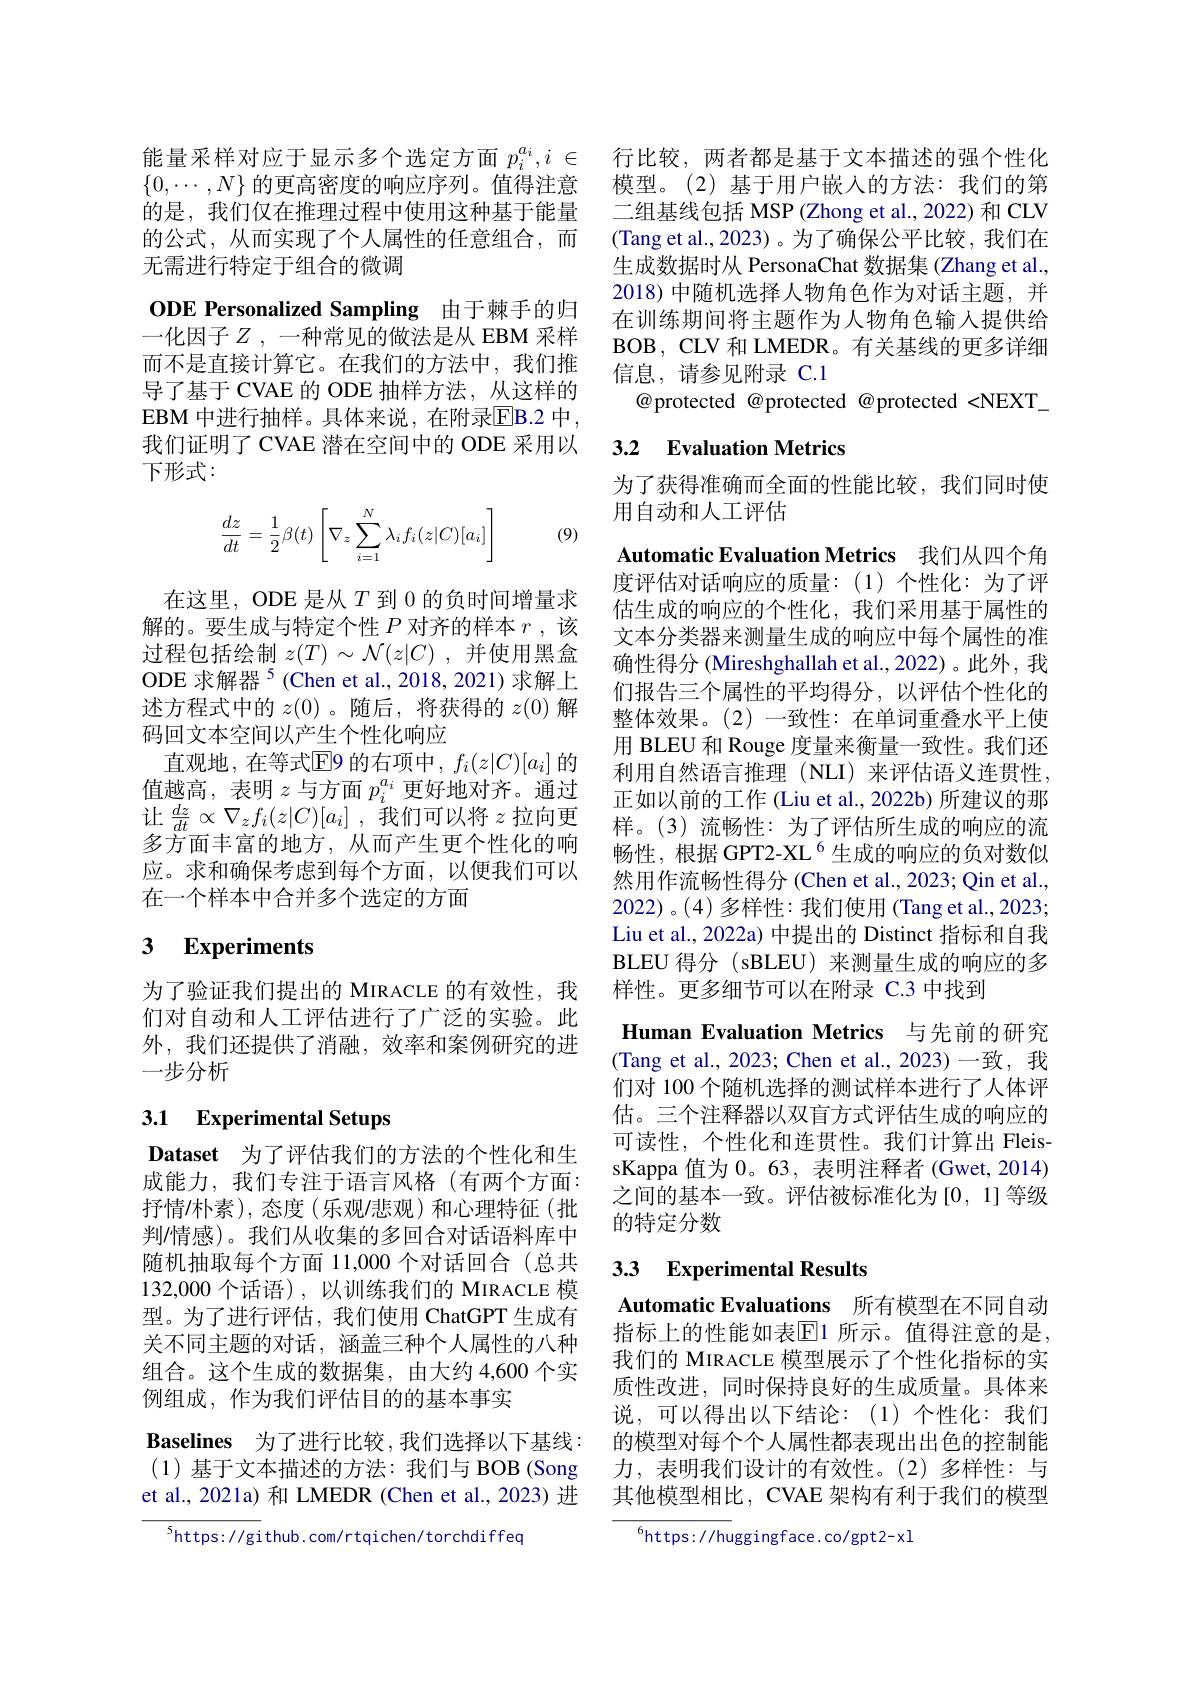
能量采样对应于显示多个选定方面 $p_i^{a_i}, i\in$ 行比较，两者都是基于文本描述的强个性化$\{0,\cdots,N\}$的更高密度的响应序列。值得注意 模型。(2)基于用户嵌入的方法：我们的第的是，我们仅在推理过程中使用这种基于能量的公式，从而实现了个人属性的任意组合，而无需进行特定于组合的微调

ODE Personalized Sampling 由于棘手的归一化因子$Z$ ,一种常见的做法是从 EBM 采样而不是直接计算它。在我们的方法中，我们推导了基于 CVAE 的 ODE 抽样方法，从这样的EBM 中进行抽样。具体来说，在附录$\overline{\mathrm{EB.2~}}$中， 我们证明了 CVAE 潜在空间中的 ODE 采用以下形式：
$$\dfrac{dz}{dt}=\dfrac{1}{2}\beta(t)\left[\nabla_z\sum_{i=1}^N\lambda_if_i(z|C)[a_i]\right]$$
(9)

在这里，ODE 是从$T$到 0 的负时间增量求解的。要生成与特定个性$P$对齐的样本$r$ ,该过程包括绘制$z(T)\sim\mathcal{N}(z|C)$ ,并使用黑盒ODE 求解器$^{5}$(Chen et al.,2018,2021)求解上述方程式中的$z(0)$ 。随后，将获得的$z(0)$解码回文本空间以产生个性化响应
直观地，在等式$\overline{\mathrm{E}}$9 的右项中，$f_i(z|C)[a_i]$ 的值越高，表明$z$与方面$p_i^{a_i}$更好地对齐。通过让$\frac {dz}{dt}\propto \nabla _{z}f_{i}( z| C) [ a_{i}]$ ,我们可以将$z$拉向更多方面丰富的地方，从而产生更个性化的响应。求和确保考虑到每个方面，以便我们可以在一个样本中合并多个选定的方面

# 3 Experiments

为了验证我们提出的 MIRACLE 的有效性，我们对自动和人工评估进行了广泛的实验。此外，我们还提供了消融，效率和案例研究的进一步分析

# 3.1 Experimental Setups

Dataset 为了评估我们的方法的个性化和生成能力，我们专注于语言风格(有两个方面： 抒情休素),态度(乐观/悲观)和心理特征(批判情感)。我们从收集的多回合对话语料库中随机抽取每个方面 11,000 个对话回合(总共132,000 个话语), 以训练我们的 MIRACLE 模型。为了进行评估，我们使用 ChatGPT 生成有关不同主题的对话，涵盖三种个人属性的八种组合。这个生成的数据集，由大约 4,600 个实例组成，作为我们评估目的的基本事实

$\textbf{Baselines}$ 为了进行比较，我们选择以下基线： (1)基于文本描述的方法：我们与 BOB (Song et al., 2021a) 和 LMEDR (Chen et al., 2023) 进

$^{5}$https://github.com/rtqichen/torchdiffeq

二组基线包括 MSP (Zhong et al., 2022) 和 CLV (Tang et al., 2023)。为了确保公平比较，我们在生成数据时从 PersonaChat 数据集 (Zhang et al., 2018) 中随机选择人物角色作为对话主题，并在训练期间将主题作为人物角色输入提供给BOB, CLV 和 LMEDR。有关基线的更多详细信息，请参见附录 C.1
$\textcircled{a}$protected @protected @protected <NEXT\_

## 3.2 Evaluation Metrics

为了获得准确而全面的性能比较，我们同时使
用自动和人工评估

Automatic Evaluation Metrics 我们从四个角度评估对话响应的质量：(1)个性化：为了评估生成的响应的个性化，我们采用基于属性的文本分类器来测量生成的响应中每个属性的准确性得分 (Mireshghallah et al., 2022)。此外，我们报告三个属性的平均得分，以评估个性化的整体效果。(2)一致性：在单词重叠水平上使用 BLEU 和 Rouge 度量来衡量一致性。我们还利用自然语言推理(NLI)来评估语义连贯性， 正如以前的工作 (Liu et al., 2022b) 所建议的那样。(3)流畅性：为了评估所生成的响应的流畅性，根据 GPT2-XL $^{6}$生成的响应的负对数似然用作流畅性得分 (Chen et al., 2023; Qin et al., 2022)。(4)多样性：我们使用(Tang et al., 2023; Liu et al., 2022a) 中提出的 Distinct 指标和自我BLEU 得分 (sBLEU) 来测量生成的响应的多样性。更多细节可以在附录 C.3 中找到
Human Evaluation Metrics 与先前的研究(Tang et al., 2023; Chen et al., 2023)一致，我们对 100 个随机选择的测试样本进行了人体评估。三个注释器以双盲方式评估生成的响应的可读性，个性化和连贯性。我们计算出 FleissKappa 值为 0。63, 表明注释者 (Gwet, 2014) 之间的基本一致。评估被标准化为[0,1]等级的特定分数
3.3 Experimental Results

Automatic Evaluations 所有模型在不同自动指标上的性能如表E|1 所示。值得注意的是， 我们的 MIRACLE 模型展示了个性化指标的实质性改进，同时保持良好的生成质量。具体来说，可以得出以下结论：(1)个性化：我们的模型对每个个人属性都表现出出色的控制能力，表明我们设计的有效性。(2)多样性：与其他模型相比，CVAE 架构有利于我们的模型

$^{6}$https://huggingface.co/gpt2-x]